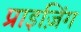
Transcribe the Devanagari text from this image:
प्राइज़िंग